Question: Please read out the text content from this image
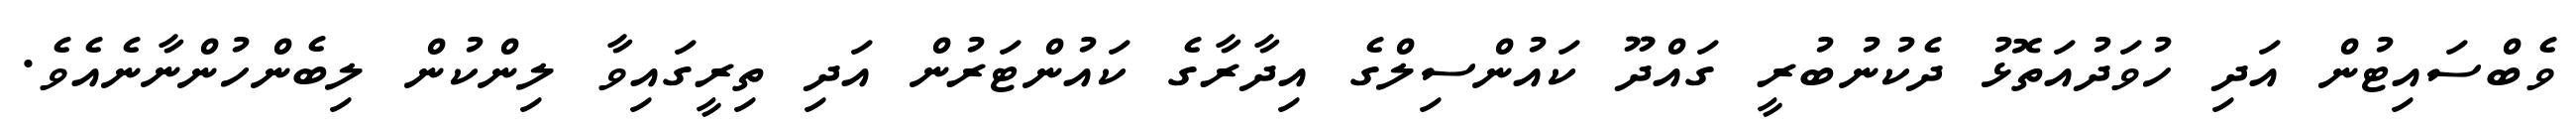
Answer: ވެބްސައިޓުން އަދި ހުވަދުއަތޮޅު ދެކުނުބުރީ ގައްދޫ ކައުންސިލްގެ އިދާރާގެ ކައުންޓަރުން އަދި ތިރީގައިވާ ލިންކުން ލިބެންހުންނާނެއެވެ.